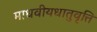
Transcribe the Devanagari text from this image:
माधवीयधातुवृत्ति